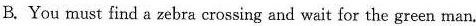
B. You must find a zebra crossing and wait for the green man.